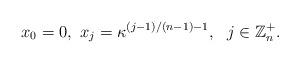
LaTeX: \begin{align*} x_0=0,~x_j=\kappa^{(j-1)/(n-1)-1},~~ j\in\mathbb{Z}_{n}^+.\end{align*}